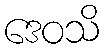
ဒေဝသိ